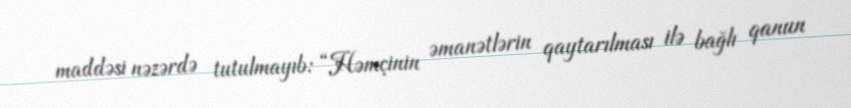
maddəsi nəzərdə tutulmayıb: “Həmçinin əmanətlərin qaytarılması ilə bağlı qanun